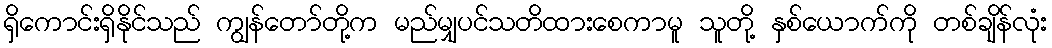
ရှိကောင်းရှိနိုင်သည် ကျွန်တော်တို့က မည်မျှပင်သတိထားစေကာမူ သူတို့ နှစ်ယောက်ကို တစ်ချိန်လုံး